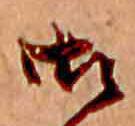
御